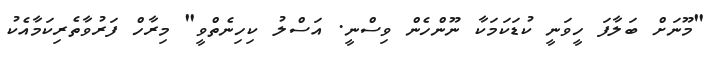
"މޫނަށް ބަލާފަ ހީވަނީ ކުޑަކަމަކާ ނޫންހެން ވިސްނީ. އަސްލު ކިހިނެތްވީ" މިރާހް ފަރުވާތެރިކަމާއެކު